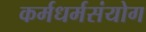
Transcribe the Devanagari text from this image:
कर्मधर्मसंयोग